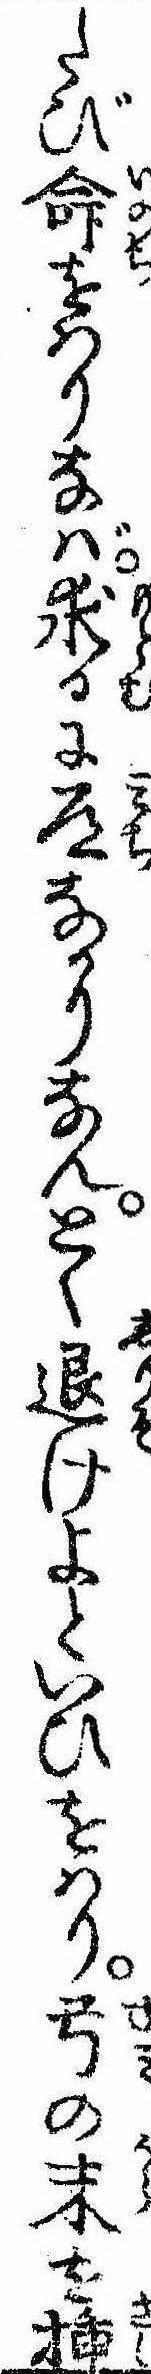
たび命をはりなば求るに道なかりなんとく退けよといひをはり弓の末を挿